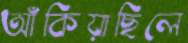
আঁকিয়াছিলে